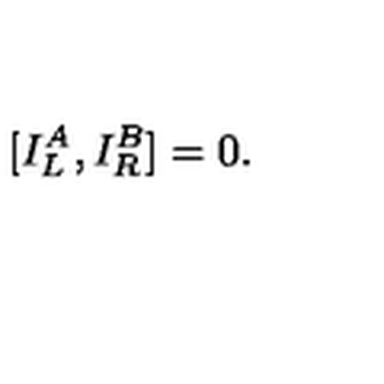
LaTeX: \lbrack { I _ { L } ^ { A } , I _ { R } ^ { B } ] } = 0 .